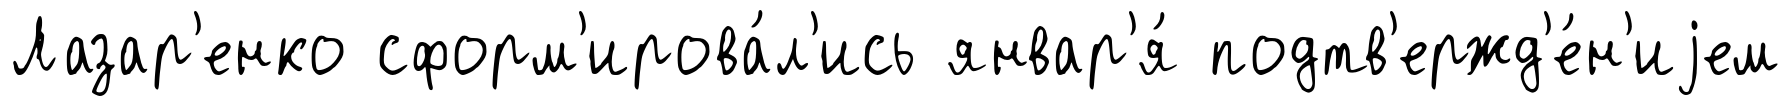
Лазар'енко сформ'ирова́л'ись январ'я́ подтв'ержд'е́н'иjем